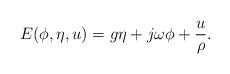
LaTeX: \begin{align*} E(\phi,\eta,u) = g\eta + j\omega\phi + \frac{u}{\rho}.\end{align*}